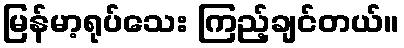
မြန်မာ့ရုပ်သေး ကြည့်ချင်တယ်။